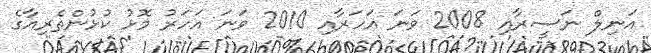
އަނިލް ނަސީރާއި 2008 ވަނަ އަހަރާއި 2010 ވަނަ އަހަރު މޮޅު ކުޅުންތެރިއާގެ